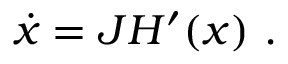
\dot { x } = J H ^ { \prime } ( x ) \ .